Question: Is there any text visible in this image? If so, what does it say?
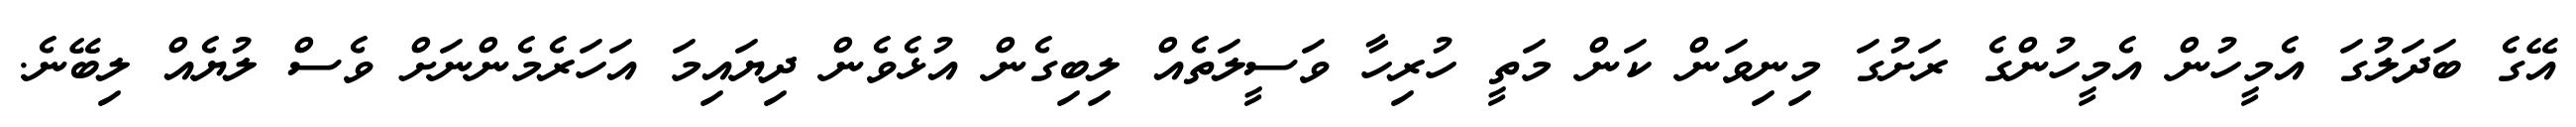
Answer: އޭގެ ބަދަލުގަ އެމީހުން އެމީހުންގެ ރަށުގަ މިނިވަން ކަން މަތީ ހުރިހާ ވަސީލަތެއް ލިބިގެން އުޅެވެން ދިޔައިމަ އަހަރެމެންނަށް ވެސް ލުޔެއް ލިބޭނެ.